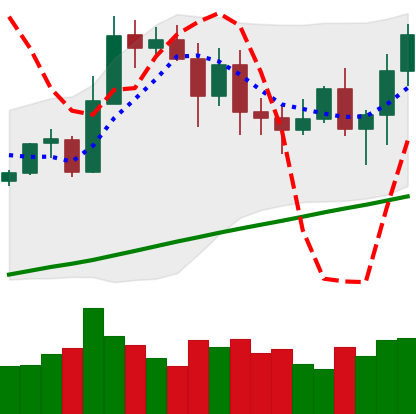
Ticker: ETH-USD
Chart end date: 2020-11-05
Forward return: 8.601%
Label: up_7plus